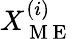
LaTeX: X_{\mathrm{~M~E~}}^{(i)}